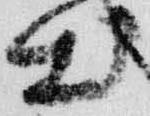
出